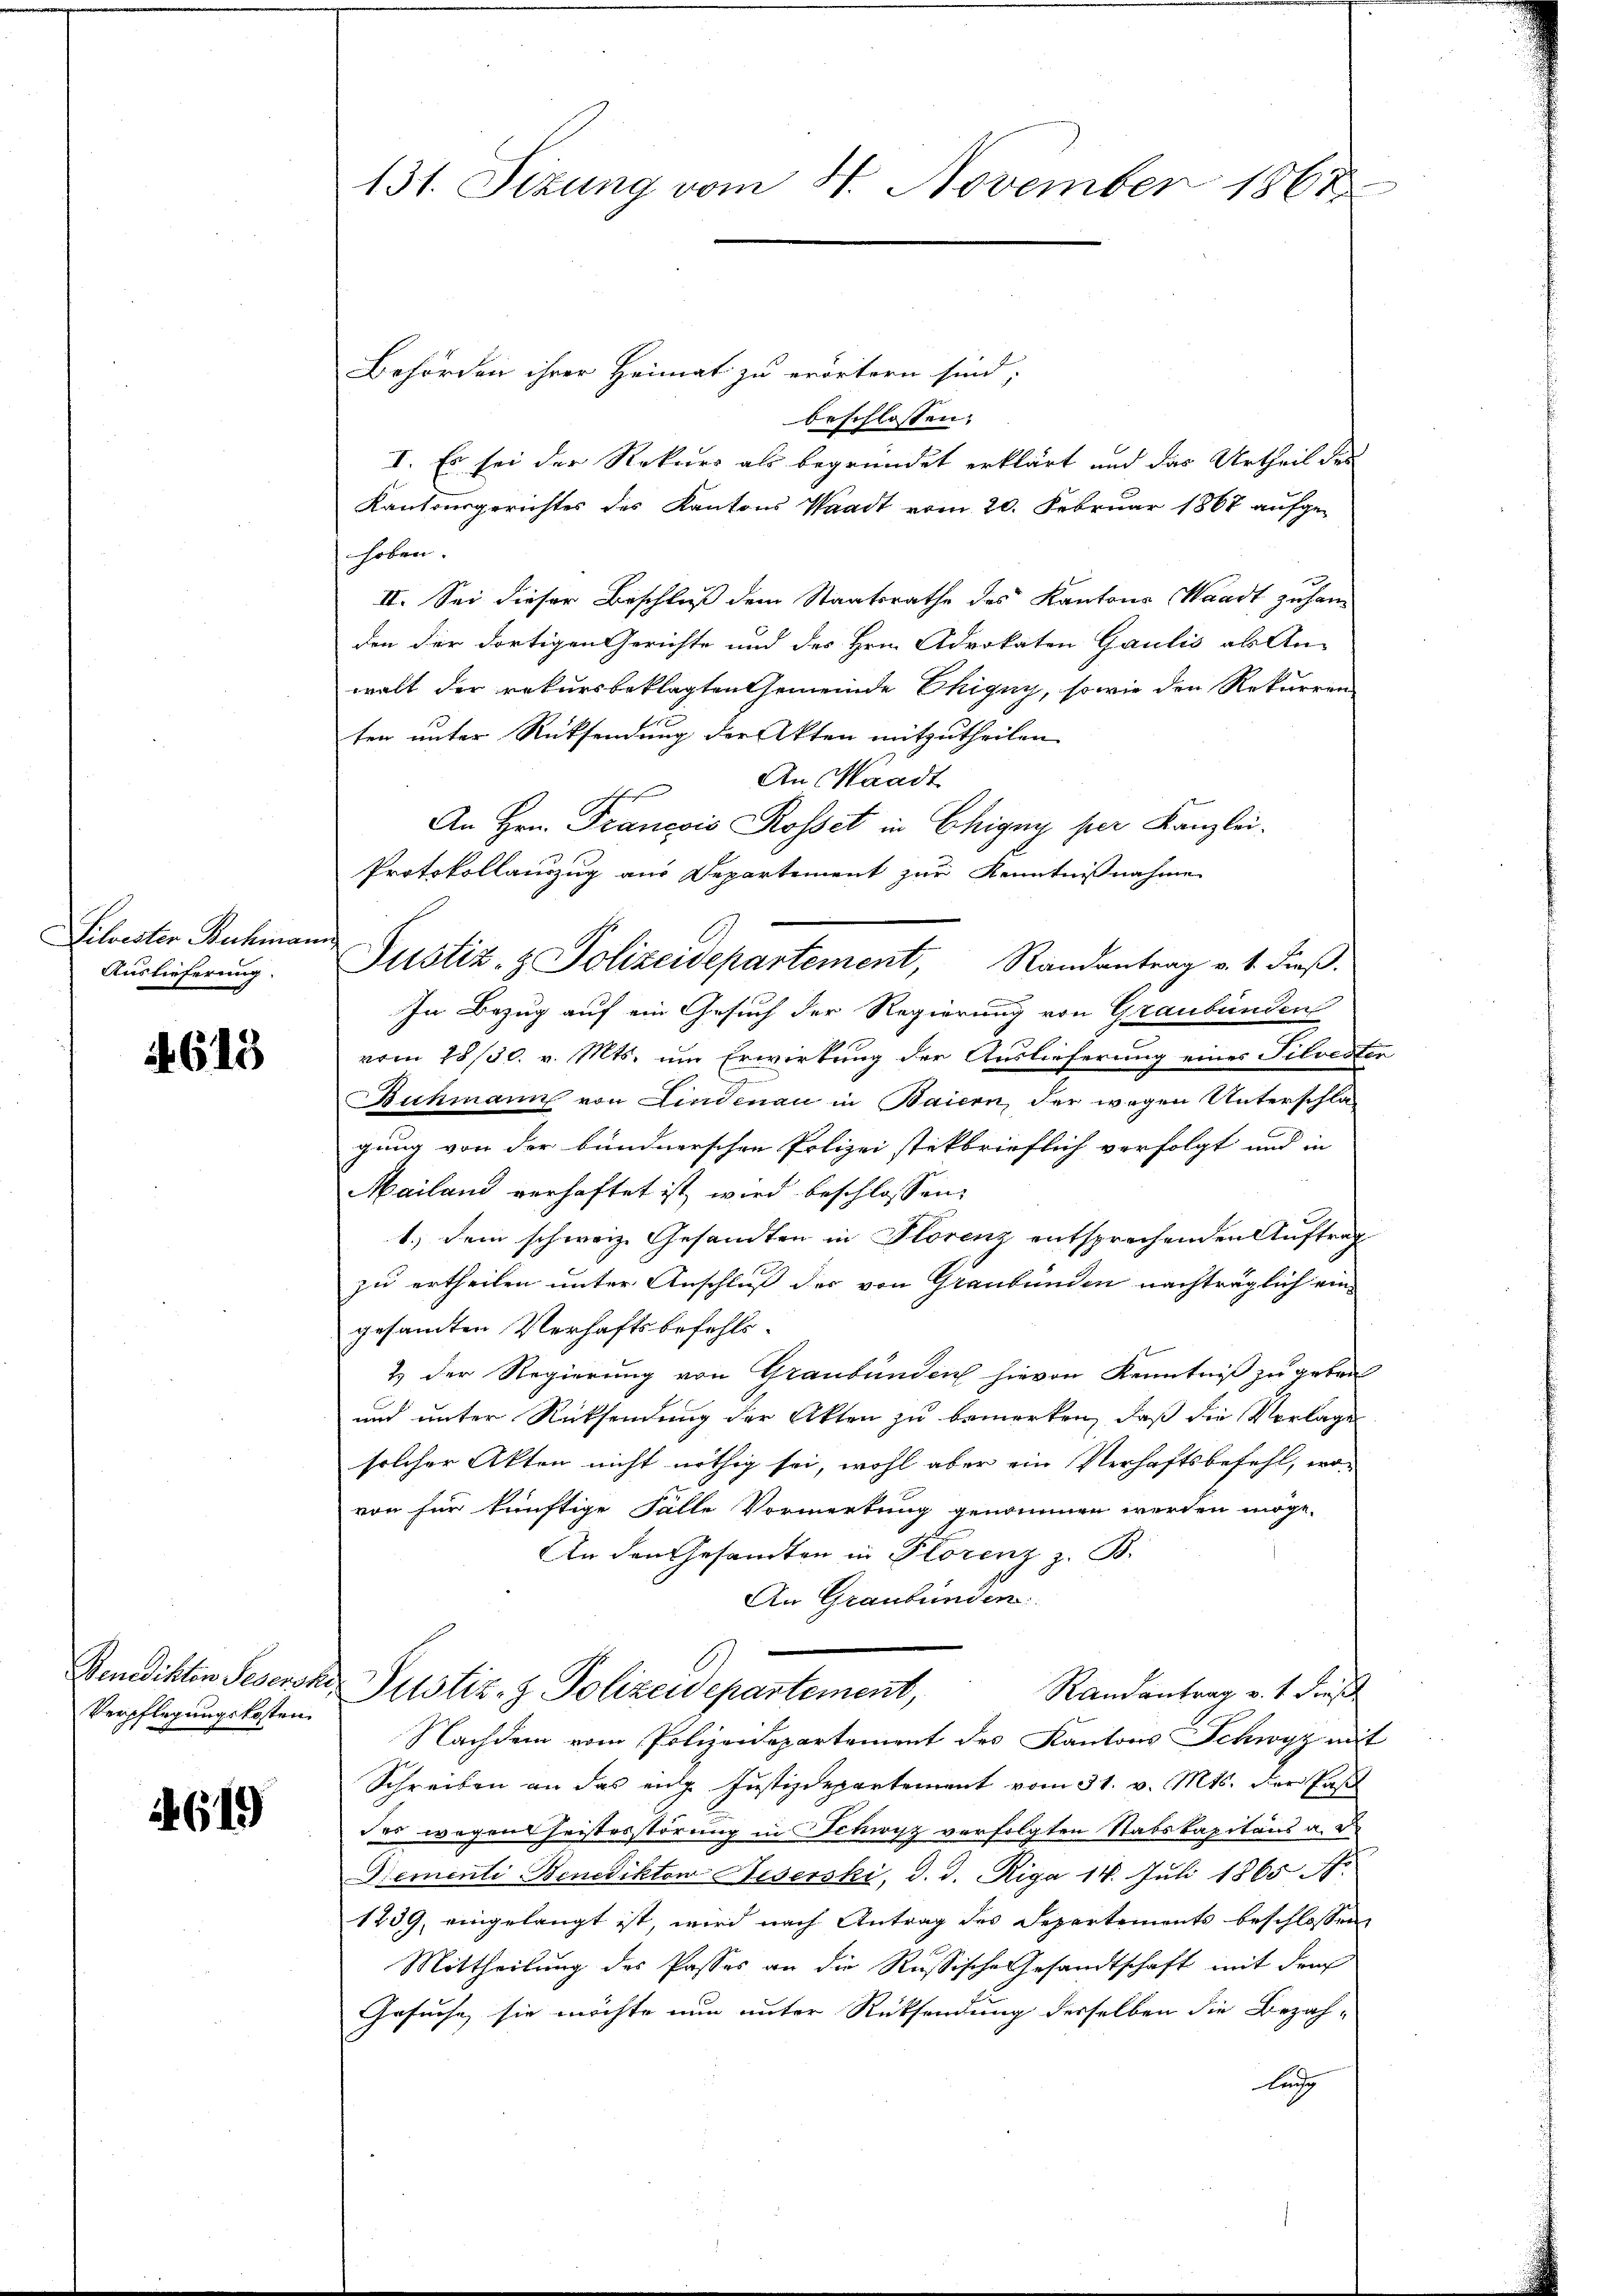
Silvester Buchma
Auslieferung.

if. 615

Venedikten Segenss
Verpflegungskosten

619

131. Sizung vom 4. November 1867

Behörden ihrer Heimat zu erörtern sind,
beschlossen:
I. Es sei der Rekurs als begründet erklärt und das Urtheil des
Kantonsgerichtes des Kantons Waadt vom 20. Februar 1867 aufge-
hoben.
II. Sei dieser Beschluß dem Staatsrathe des Kantons Waadt zu han
den der dortigen Gerichte und des Hrn. Advokaten Gaulis als An-
walt der rekursbeklagten Gemeinde Chigny, so wie den Rekurren
ten unter Rücksendung der Akten mitzutheilen
An Waadt
An Hrn. Francois Rosset in Chigny per Kanzlei-
Protokollauszug aus Departement zur Kenntnißnahme
ech
Justiz- & Polizeidepartement, Randantrag v. 1. dieβ.
In Bezug auf ein Gesuch der Regierung von Graubünden
vom 28/30. v. Mts. um Erwirkung der Auslieferung eines Silveste
Buchmann von Lindenau in Baiern, der wegen Unterschlagung von der bundnerschen Polizeistikbrieflich verfolgt und in
Mailand verhaftet ist, wird beschlossen:
1.) Dem schweiz. Gesandten in Florenz entsprechenden Auftrag
zu ertheilen unter Anschluß der von Graubünden nachträglich ein-
gesamten Verhaftsbefehls¬
2) der Regierung von Graubünden hievon Kenntniß zu geben
und unter Rücksendung der Akten zu bemerken, daß die Vorlage
solcher Akten nicht nöthig sei, wohl aber ein Verhaftsbefehl, wovon für künftige Fälle Vormerkung genommen werden möge.
An den Gesandten in Florenz z. B.
An Graubünden:
 Justiz- & Polizeidepartement,
Randantrag v. 1 diese
Nachdem vom Polizeidepartement des Kantons Schwyz mit
Schreiben an das eng Justizdepartement vom 31. v. Mts. der Pasch
des wegen heistesstörung in Schwyz verfolgten Stabskapitäns a. d.
Diementi- Benediktow Hiserski, d. d. Riga 14. Juli 1865 No
1239, eingelangt ist, wird nach Antrag des Departements beschlossen,
Mittheilung des Passes an die Russische Gesandtschaft mit dem
Gesuche sie möchte nun unter Rücksendung derselben die Bezah-
lung

u